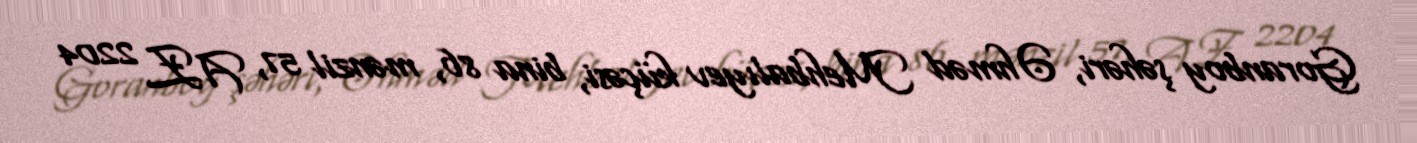
Goranboy şəhəri, Əhməd Mehbalıyev küçəsi, bina 86, mənzil 57, AZ 2204